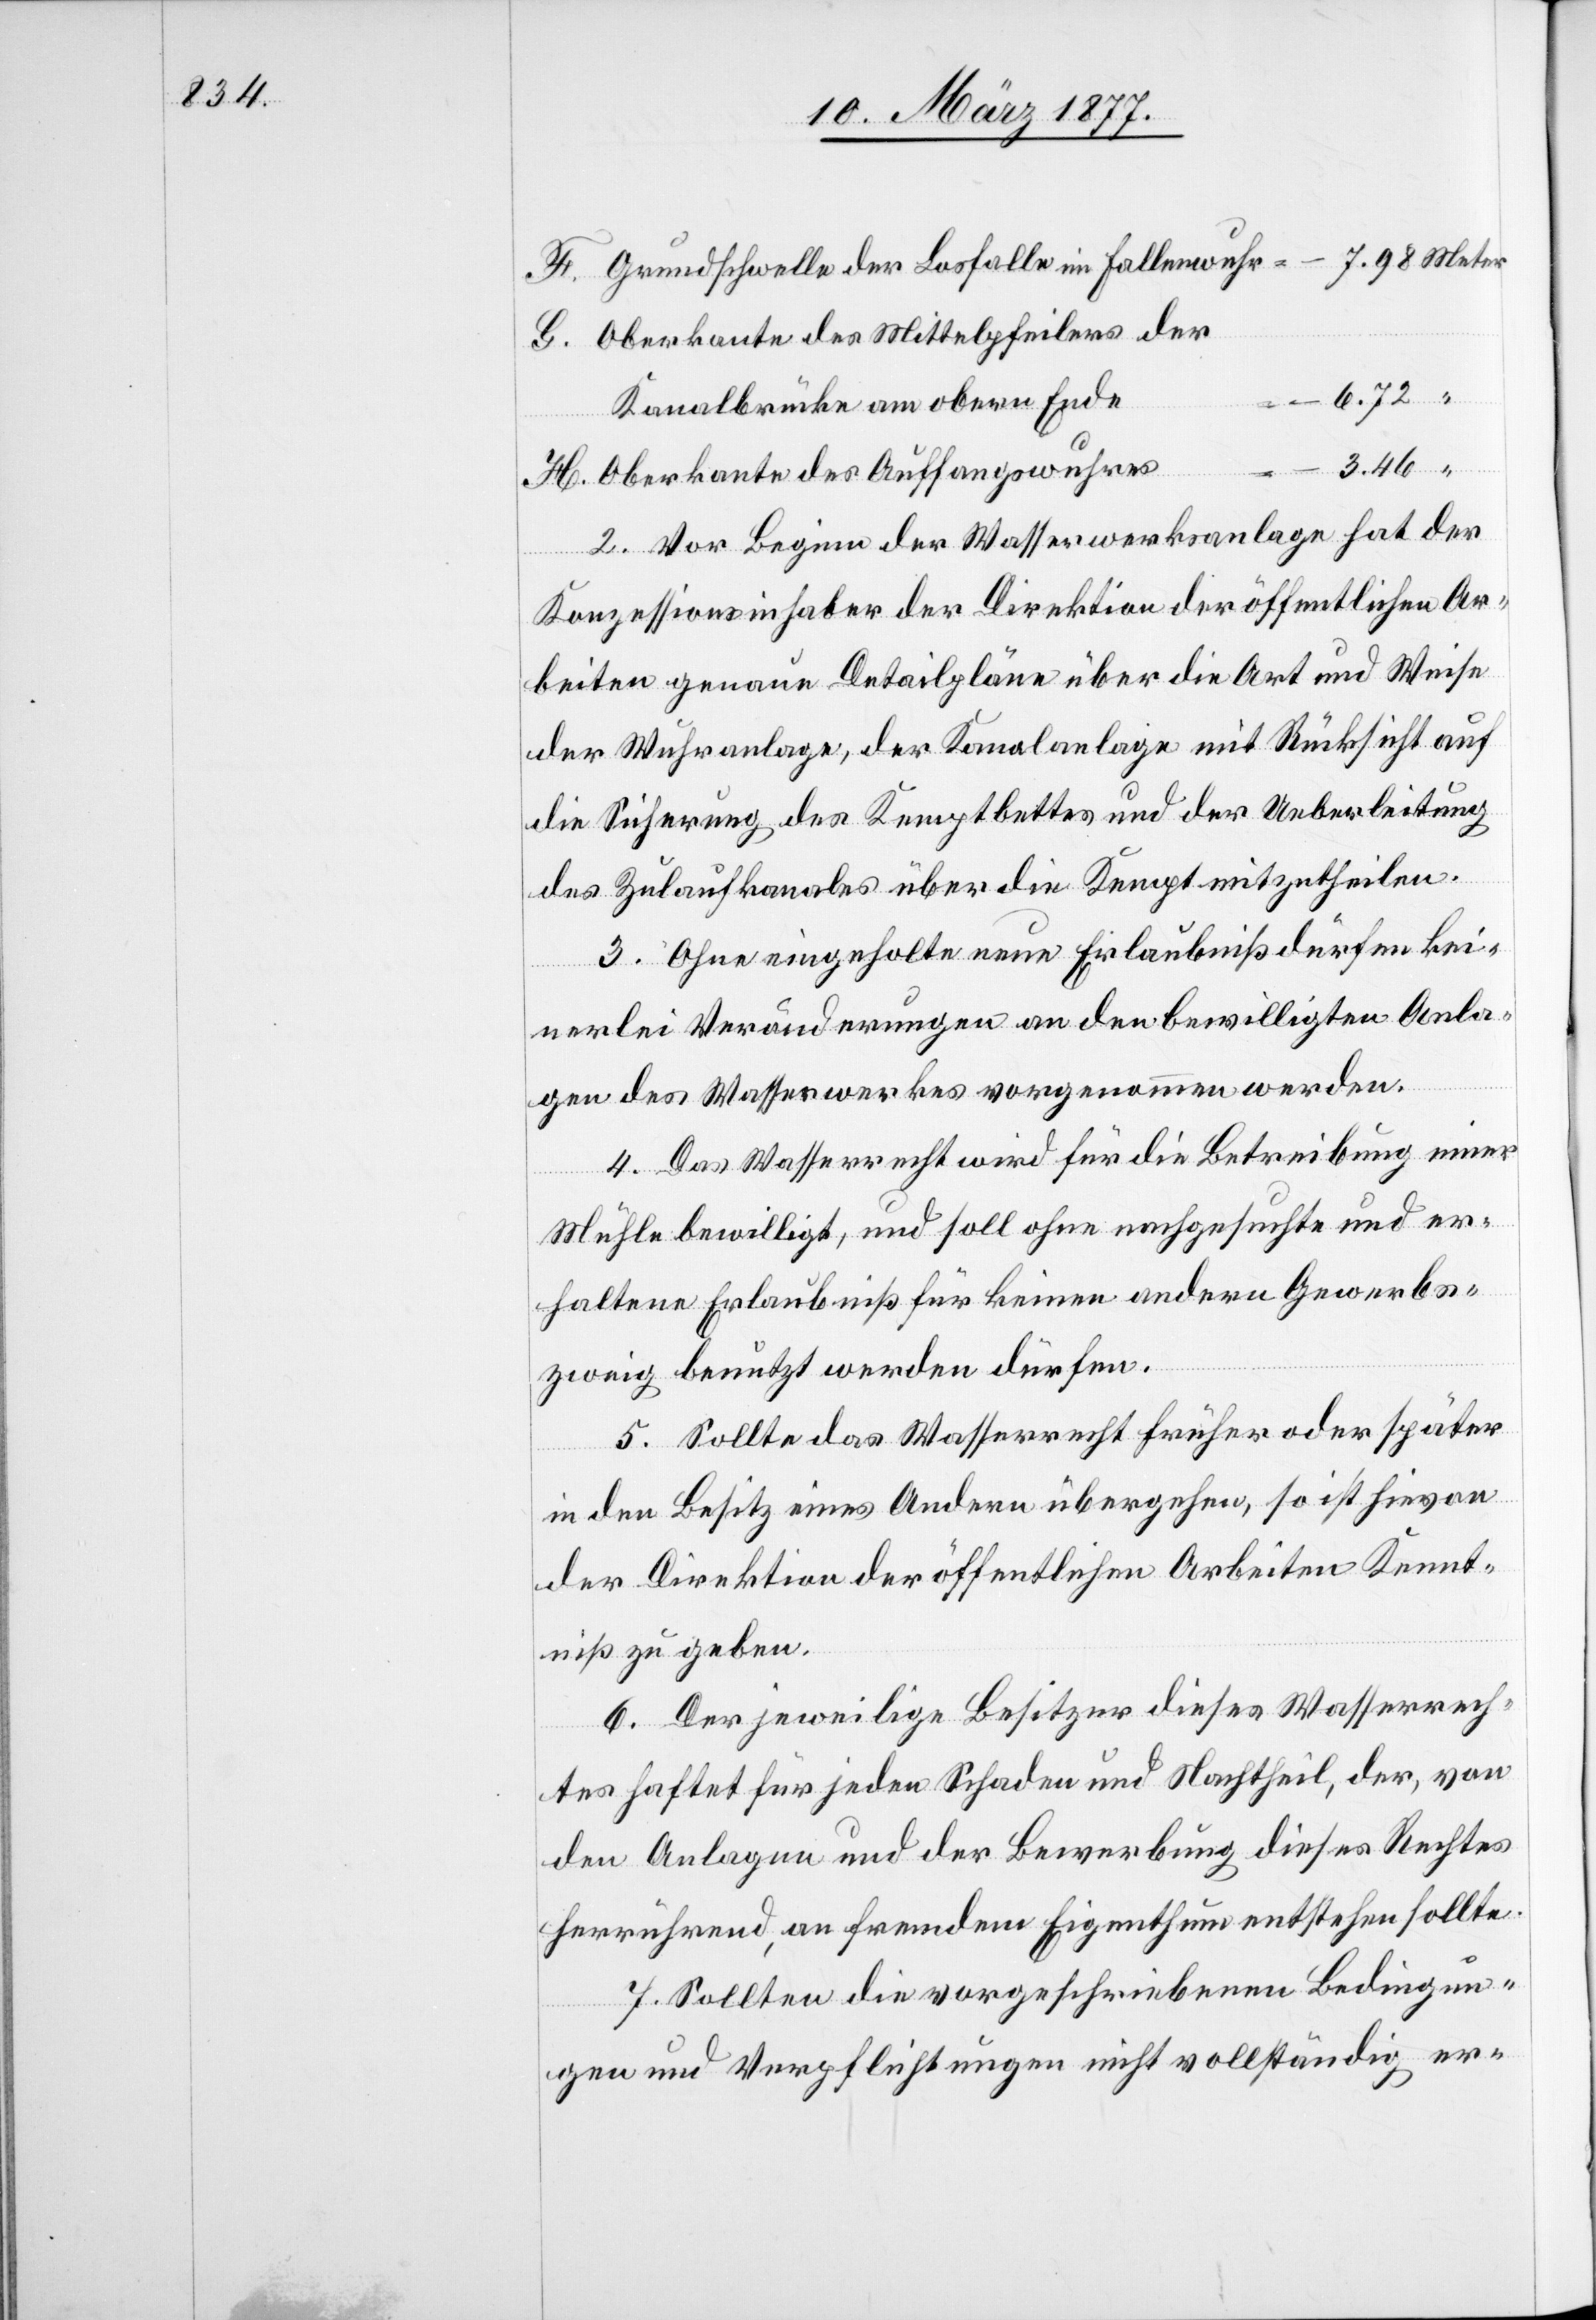
Oberkante des Mittelpfeilers der
Kanalbrücke am obern Ende
3.46
“
6.72
H.
Oberkante des Auffangswuhres
2. Vor Beginn der Wasserwerksanlage hat der
Konzessionsinhaber der Direktion der öffentlichen Ar¬
beiten genaue Detailpläne über die Art und Weise
der Wuhranlage, der Kanalanlage mit Rücksicht auf
die Sicherung des Kemptbettes und der Ueberleitung
des Zulaufkanales über die Kempt mitzutheilen.
3. Ohne eingeholte neue Erlaubniß dürfen kei¬
Meter
nerlei Veränderungen an den bewilligten Anla¬
gen des Wasserwerkes vorgenommen werden.
4. Das Wasserrecht wird für die Betreibung einer
Mühle bewilligt, und soll ohne nachgesuchte und er¬
haltene Erlaubniß für keinen andern Gewerbs¬
zweig benutzt werden dürfen.
5. Sollte das Wasserrecht früher oder später
in den Besitz eines Andern übergehen, so ist hievon
der Direktion der öffentlichen Arbeiten Kennt¬
niß zu geben.
6. Der jeweilige Besitzer dieses Wasserrech¬
tes haftet für jeden Schaden und Nachtheil, der, von
den Analgen und der Bewerbung dieses Rechtes
herrührend, an fremdem Eigenthum entstehen sollte.
7. Sollten die vorgeschriebenen Bedingun¬
gen und Verpflichtungen nicht vollständig er-